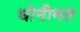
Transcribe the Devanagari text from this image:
धोनीमल